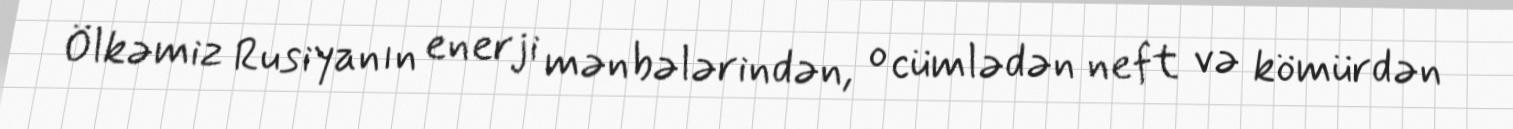
Ölkəmiz Rusiyanın enerji mənbələrindən, o cümlədən neft və kömürdən